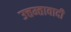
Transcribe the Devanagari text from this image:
उत्तम्तावादी